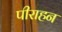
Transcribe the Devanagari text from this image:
पीराहन